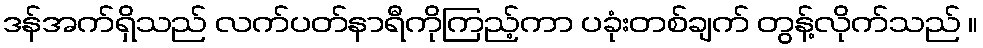
ဒန်အက်ရှိသည် လက်ပတ်နာရီကိုကြည့်ကာ ပခုံးတစ်ချက် တွန့်လိုက်သည် ။